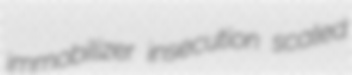
immobilizer insecution scaled